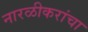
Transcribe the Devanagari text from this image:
नारळीकरांचा